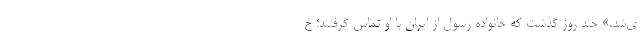
ی‌شد.» چند روز گذشت که خانواده رسول از ایران با او تماس گرفتند؛ خ